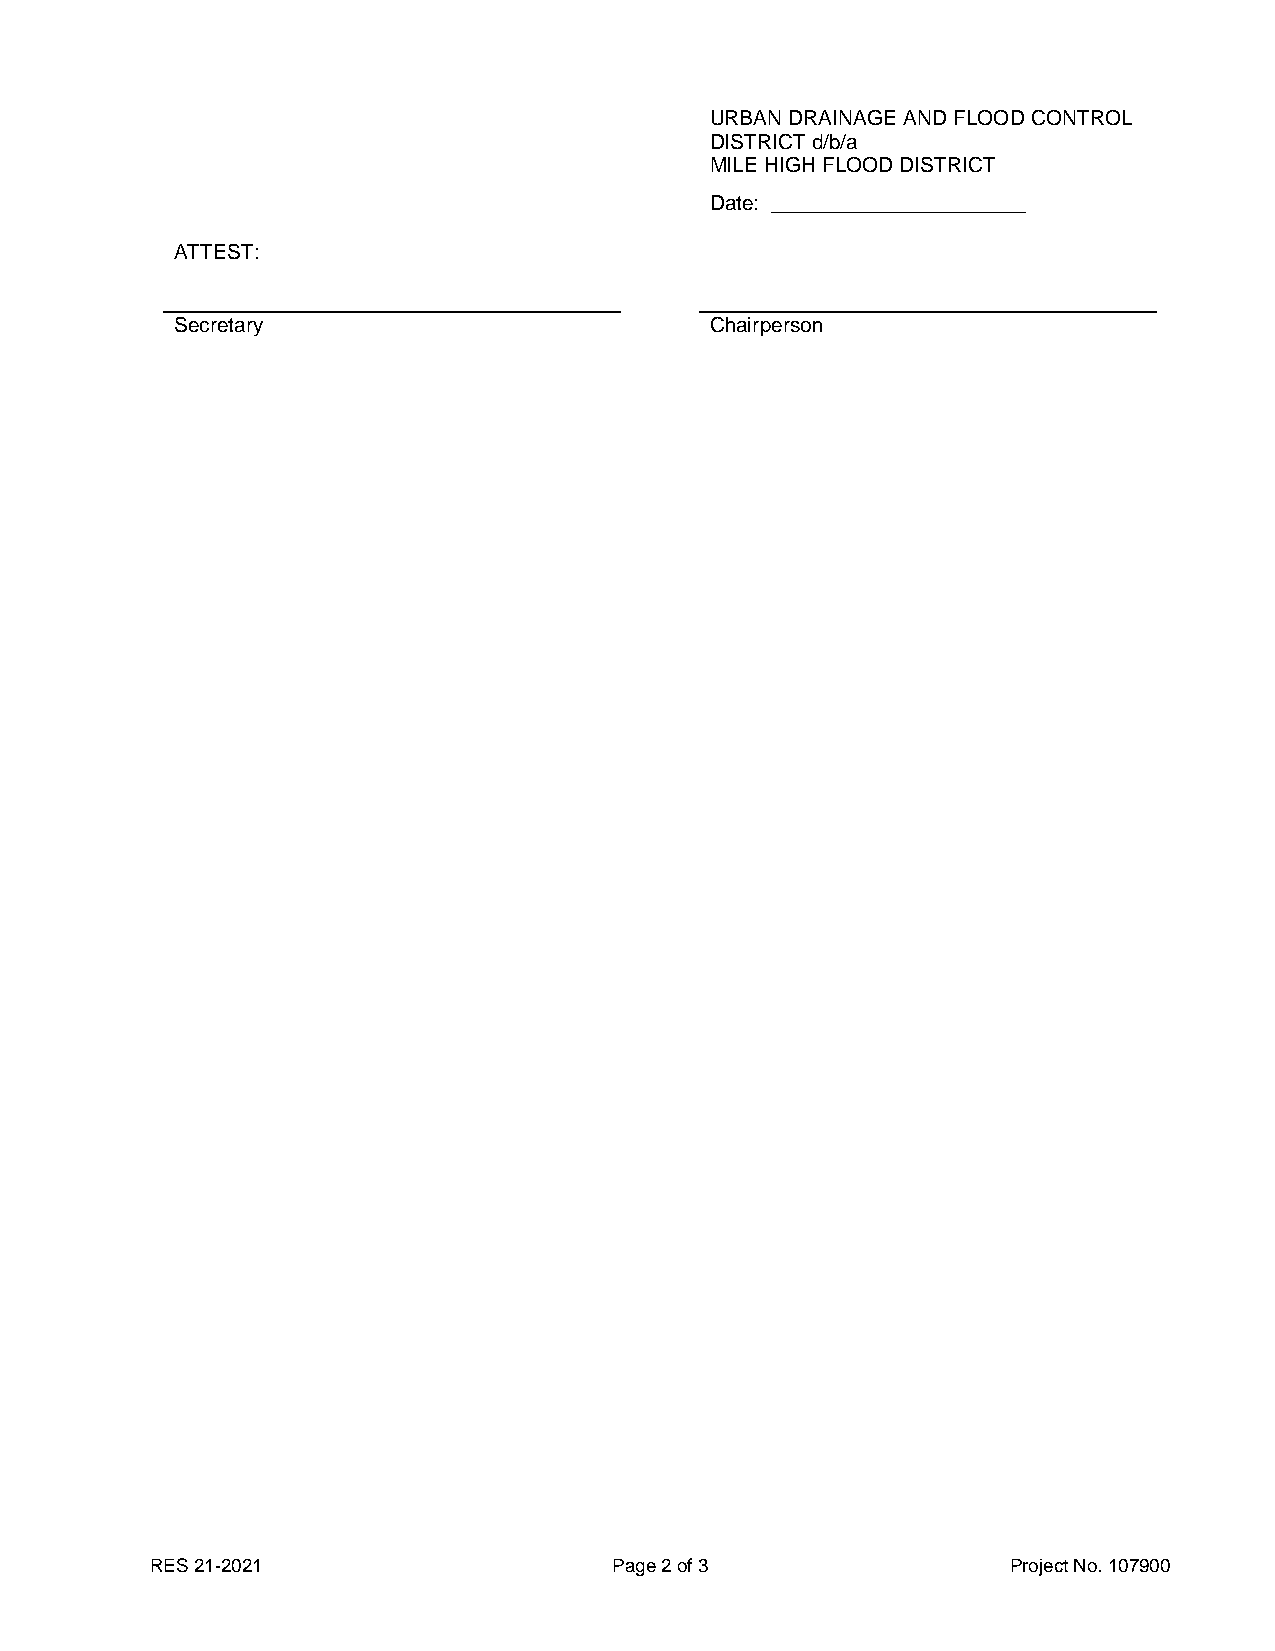
URBAN DRAINAGE AND FLOOD CONTROL
 DISTRICT d/b/a
 MILE HIGH FLOOD DISTRICT
 Date: ______________________
 ATTEST:
 Secretary                          Chairperson
 RES 21-2021                    Page 2 of 3               Project No. 107900